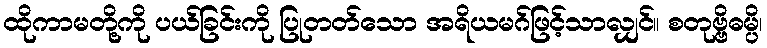
ထိုကာမတို့ကို ပယ်ခြင်းကို ပြုတတ်သော အရိယမဂ်ဖြင့်သာလျှင်။ စတုဗ္ဗိဓမ္ပိ၊